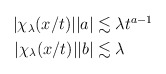
\begin{align*} \begin{aligned}|\chi_\lambda(x/t)||a|&\lesssim \lambda t^{a-1}\\|\chi_\lambda(x/t)||b|&\lesssim \lambda\end{aligned} \end{align*}